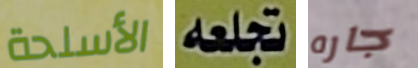
الأسلحة تجعله جاره